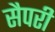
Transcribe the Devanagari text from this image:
सैपरी